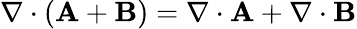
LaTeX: \nabla\cdot(\mathbf{A}+\mathbf{B})=\nabla\cdot\mathbf{A}+\nabla\cdot\mathbf{B}